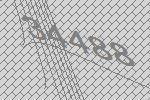
34488